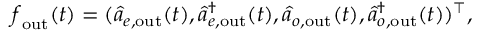
\boldsymbol { f } _ { \mathrm { o u t } } ( t ) = ( \hat { a } _ { e , \mathrm { o u t } } ( t ) , \hat { a } _ { e , \mathrm { o u t } } ^ { \dagger } ( t ) , \hat { a } _ { o , \mathrm { o u t } } ( t ) , \hat { a } _ { o , \mathrm { o u t } } ^ { \dagger } ( t ) ) ^ { \top } ,